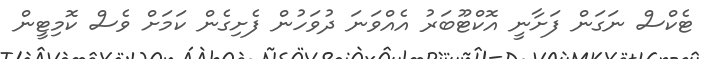
ޓެކްސް ނަގަން ފަށާނީ އޮކްޓޫބަރު އެއްވަނަ ދުވަހުން ފެށިގެން ކަމަށް ވެސް ކޮމިޓީން